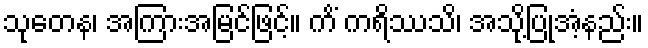
သုတေန၊ အကြားအမြင်ဖြင့်။ ကိံ ကရိဿသိ၊ အသို့ပြုအံ့နည်း။